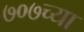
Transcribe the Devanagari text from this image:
७०७च्या